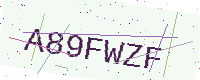
Text: A89FWZF